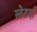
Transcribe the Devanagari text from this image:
लेटर्ज़